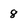
Character: 8